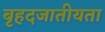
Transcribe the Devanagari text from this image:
बृहदजातीयता